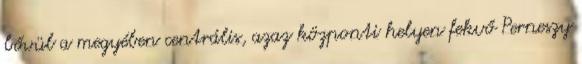
bővül a megyében centrális, azaz központi helyen fekvő Perneszy